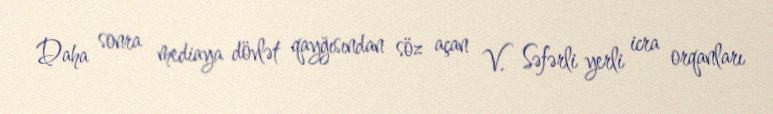
Daha sonra mediaya dövlət qayğısından söz açan V. Səfərli yerli icra orqanları